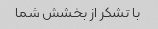
با تشکر از بخشش شما